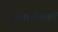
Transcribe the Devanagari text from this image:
समालोंचकों